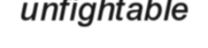
unfightable